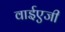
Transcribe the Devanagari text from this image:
वाईएजी